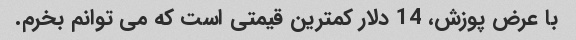
با عرض پوزش، 14 دلار کمترین قیمتی است که می توانم بخرم.